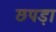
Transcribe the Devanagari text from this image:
छपड़ा